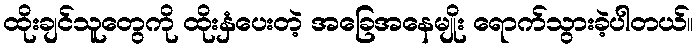
ထိုးချင်သူတွေကို ထိုးနှံပေးတဲ့ အခြေအနေမျိုး ရောက်သွားခဲ့ပါတယ်။